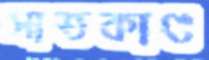
সাতকাণ্ড